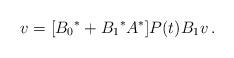
LaTeX: \begin{align*}v=[{B_0}^*+{B_1}^*A^*]P(t)B_1v\,.\end{align*}